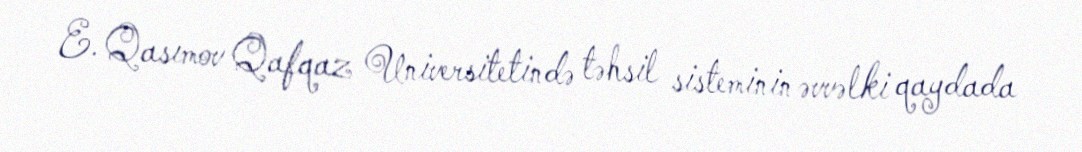
E. Qasımov Qafqaz Universitetində təhsil sisteminin əvvəlki qaydada